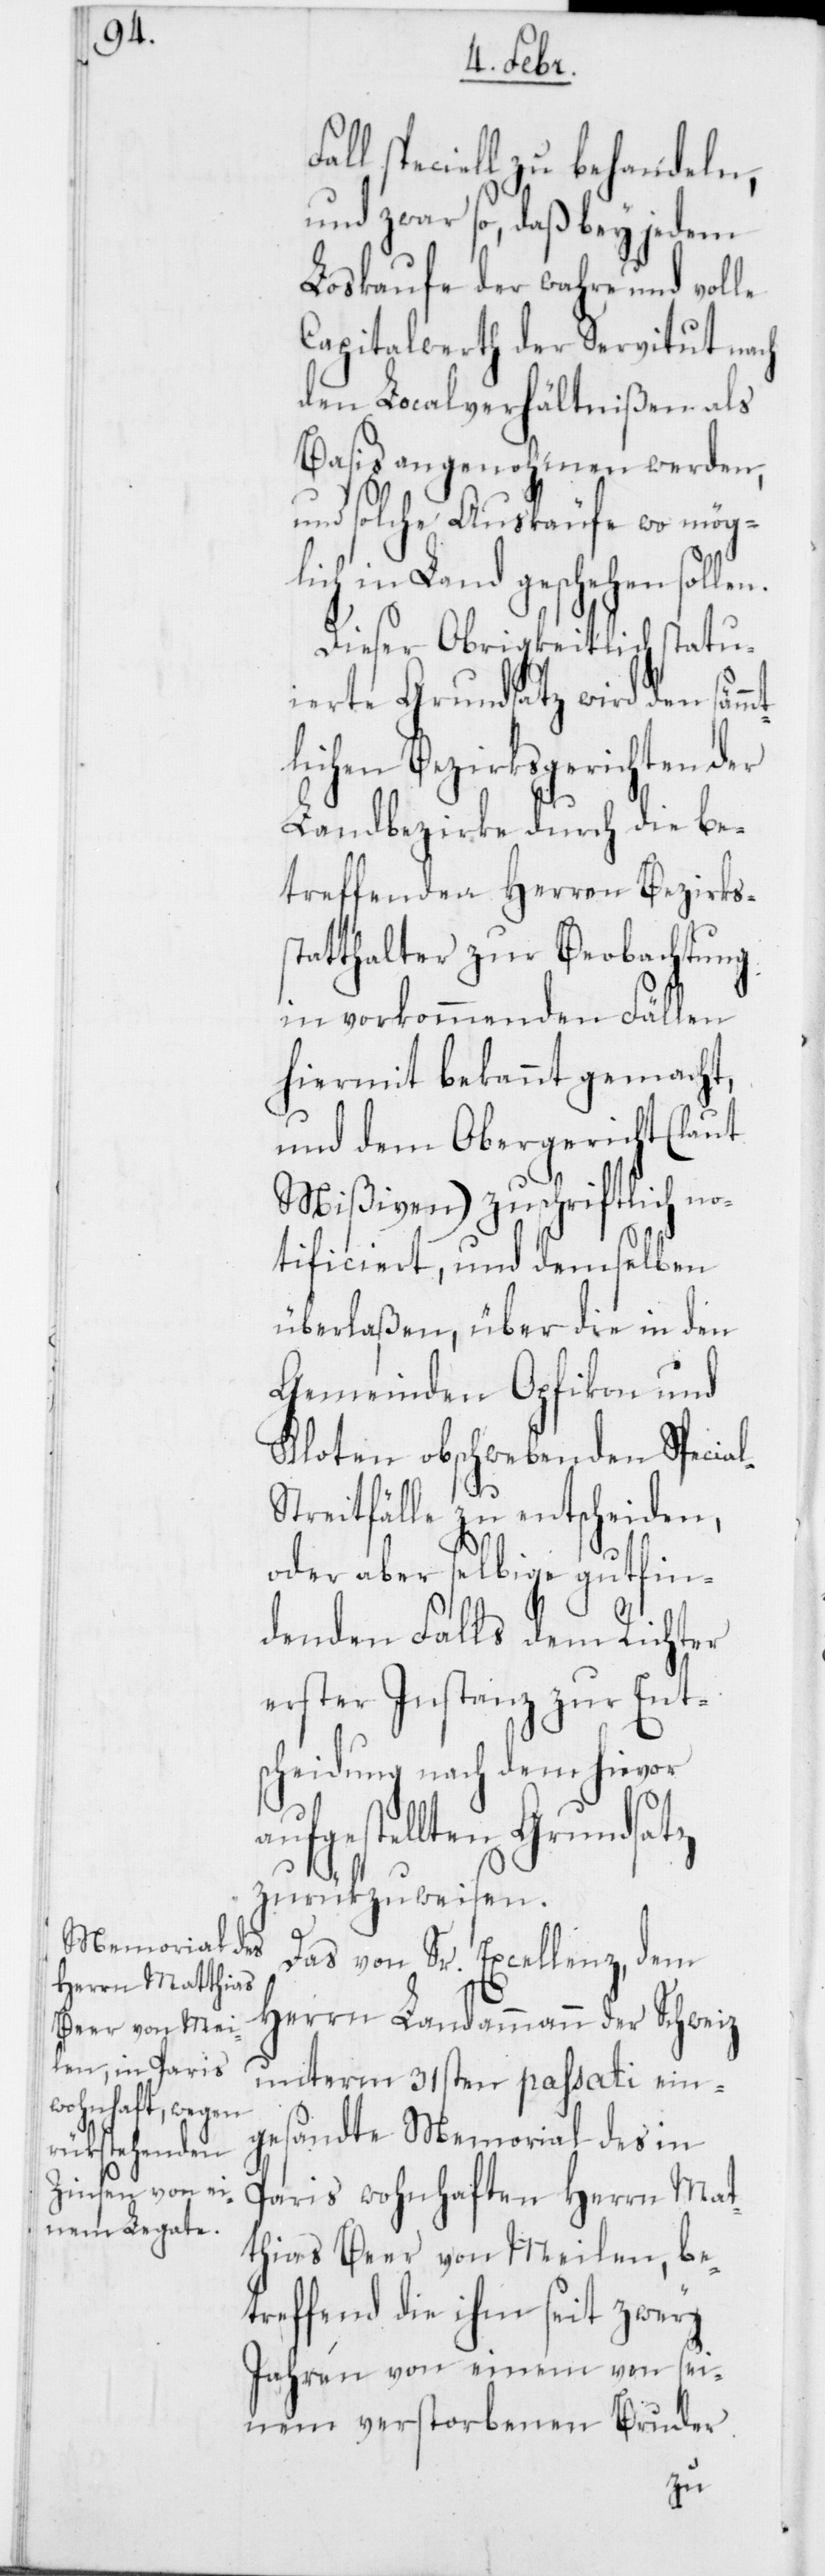
tl¬

l speciell zu behandeln,
und zwar so, daß bey jedem
Loskaufe der wahre und volle
Capitalwerth der Servitut nach
den Localverhältnißen als
Basis angenohmen werden,
und solche Auskäufe wo mög¬
lich in Land geschehen soll¬
Dieser Obrigkeitlich statui¬
erte Grundsatz wird den sämm¬
ichen Bezirksgerichten der
Landbezirke durch die be¬
treffenden Herren Bezirks¬
tatthalter zur Beobachtung
in vorkommenden Fällen
hiermit bekannt gemacht,
und dem Obergericht (laut
Mißiven) zuschriftlich no¬
tificiert, und demselben
überlaßen, über die in den
Gemeinden Opfikon und
Kloten obschwebenden Specia¬
treitfälle zu entscheiden,
oder aber selbige gutfin¬
denden Falls dem Richter
erster Instanz zur Ent¬
scheidung nach dem hievor
lten Grundsatz
zurükzuweisen.
Das von Sr. Excellenz, dem
Herrn Landammann der Schweiz
unterm 31sten passati ein¬
gesandte Memorial des in
Paris wohnhaften Herrn Mat¬
thias Beer von Meilen, be¬
treffend die ihm seit zwey
Jahren von einem von sei¬
nem verstorbenen Bruder
l-S¬